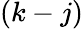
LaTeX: (k-j)